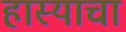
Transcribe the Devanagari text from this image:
हास्याचा